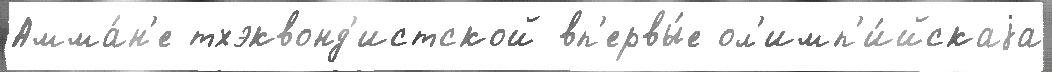
Амма́н'е тхэквонд'истской вп'ервы́е ол'имп'и́йскаjа